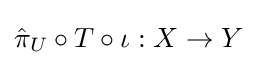
{\hat {\pi }}_{U}\circ T\circ \iota :X\to Y